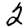
Digit: 2